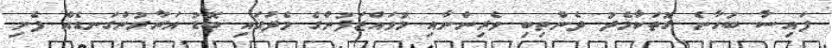
ފައިސާ ބަހާނެ ގޮތަކާމެދު ދެންތިބި ވެރިންނާއި މުވައްޒަފުންގެ މެދުގައި ބޮޑު އަރާރުންގަނޑެއް ފެށި